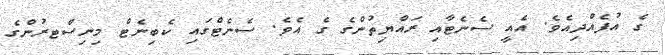
ގެ އުފެއްދިއެވެ. އެއީ ސެނެޓާއި ރައްޔިތުންގެ ގެ އެވެ. ސެނެޓްގައި ކެބިނެޓް މިނިސްޓރުންގެ